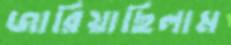
জারিয়াছিলাম